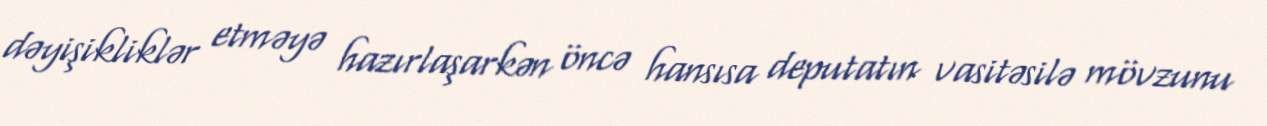
dəyişikliklər etməyə hazırlaşarkən öncə hansısa deputatın vasitəsilə mövzunu